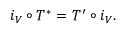
i _ { V } \circ T ^ { * } = T ^ { \prime } \circ i _ { V } .